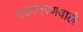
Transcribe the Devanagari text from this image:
एकांतरणवाले